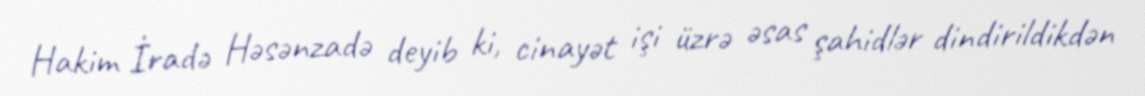
Hakim İradə Həsənzadə deyib ki, cinayət işi üzrə əsas şahidlər dindirildikdən